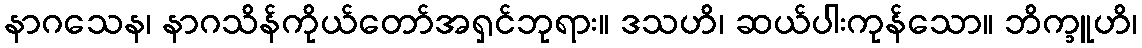
နာဂသေန၊ နာဂသိန်ကိုယ်တော်အရှင်ဘုရား။ ဒသဟိ၊ ဆယ်ပါးကုန်သော။ ဘိက္ခူဟိ၊